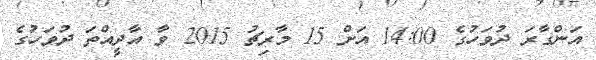
އަންގާރަ ދުވަހުގެ 14:00 އަށް 15 މާރިޗު 2015 ވާ އާދީއްތަ ދުވަހުގެ